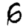
Digit: 6